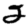
Digit: 2